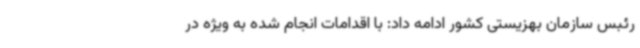
رئبس سازمان بهزیستی کشور ادامه داد: با اقدامات انجام شده به ویژه در